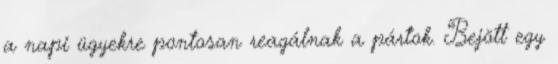
a napi ügyekre pontosan reagálnak a pártok. Bejött egy